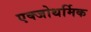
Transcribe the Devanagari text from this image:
एक्जोथर्मिक